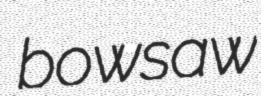
bowsaw